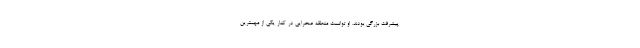
پیشرفت بزرگی بودند. او توانست منطقه صحرایی در کنار یکی از مهمترین